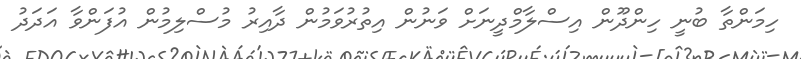
ހިމަންތާ ބުނީ ހިންދޫން އިސްލާމްދީނަށް ވަނުން އިތުރުވަމުން ދާއިރު މުސްލިމުން އުފަންވާ އަދަދު